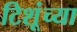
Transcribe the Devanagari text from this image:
टिशूंच्या